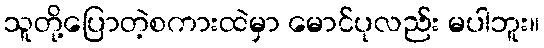
သူတို့ပြောတဲ့စကားထဲမှာ မောင်ပုလည်း မပါဘူး။